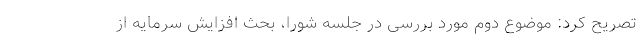
تصریح کرد: موضوع دوم مورد بررسی در جلسه شورا، بحث افزایش سرمایه از